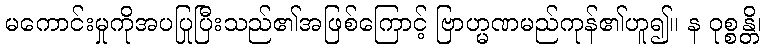
မကောင်းမှုကိုအပပြုပြီးသည်၏အဖြစ်ကြောင့် ဗြာဟ္မဏမည်ကုန်၏ဟူ၍။ န ဝုစ္စန္တိ၊